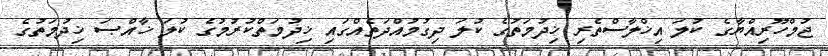
ޖުމްހޫރިއްޔާގެ ކުލަ އިޚްލާސްތެރި ޚިދުމަތުގެ ކުލަ ދިގުމުއްދަތެއްގައި ޚިދުމަތްކުރުމުގެ ކުލަ ޚާއްޞަ ޚިދުމަތުގެ